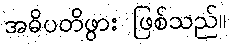
အဓိပတိဖွား ဖြစ်သည်။